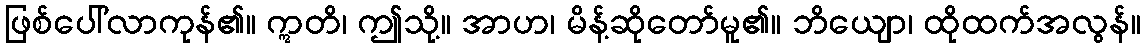
ဖြစ်ပေါ်လာကုန်၏။ ဣတိ၊ ဤသို့။ အာဟ၊ မိန့်ဆိုတော်မူ၏။ ဘိယျော၊ ထိုထက်အလွန်။